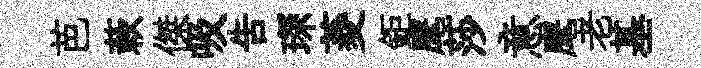
芭蔌傑吸告琛菱鉅麾莎意麾老基